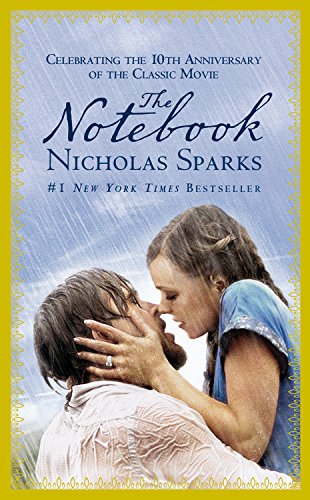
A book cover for The Notebook; Nicholas Sparks; Romance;